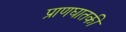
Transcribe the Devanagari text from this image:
प्राणघातकी